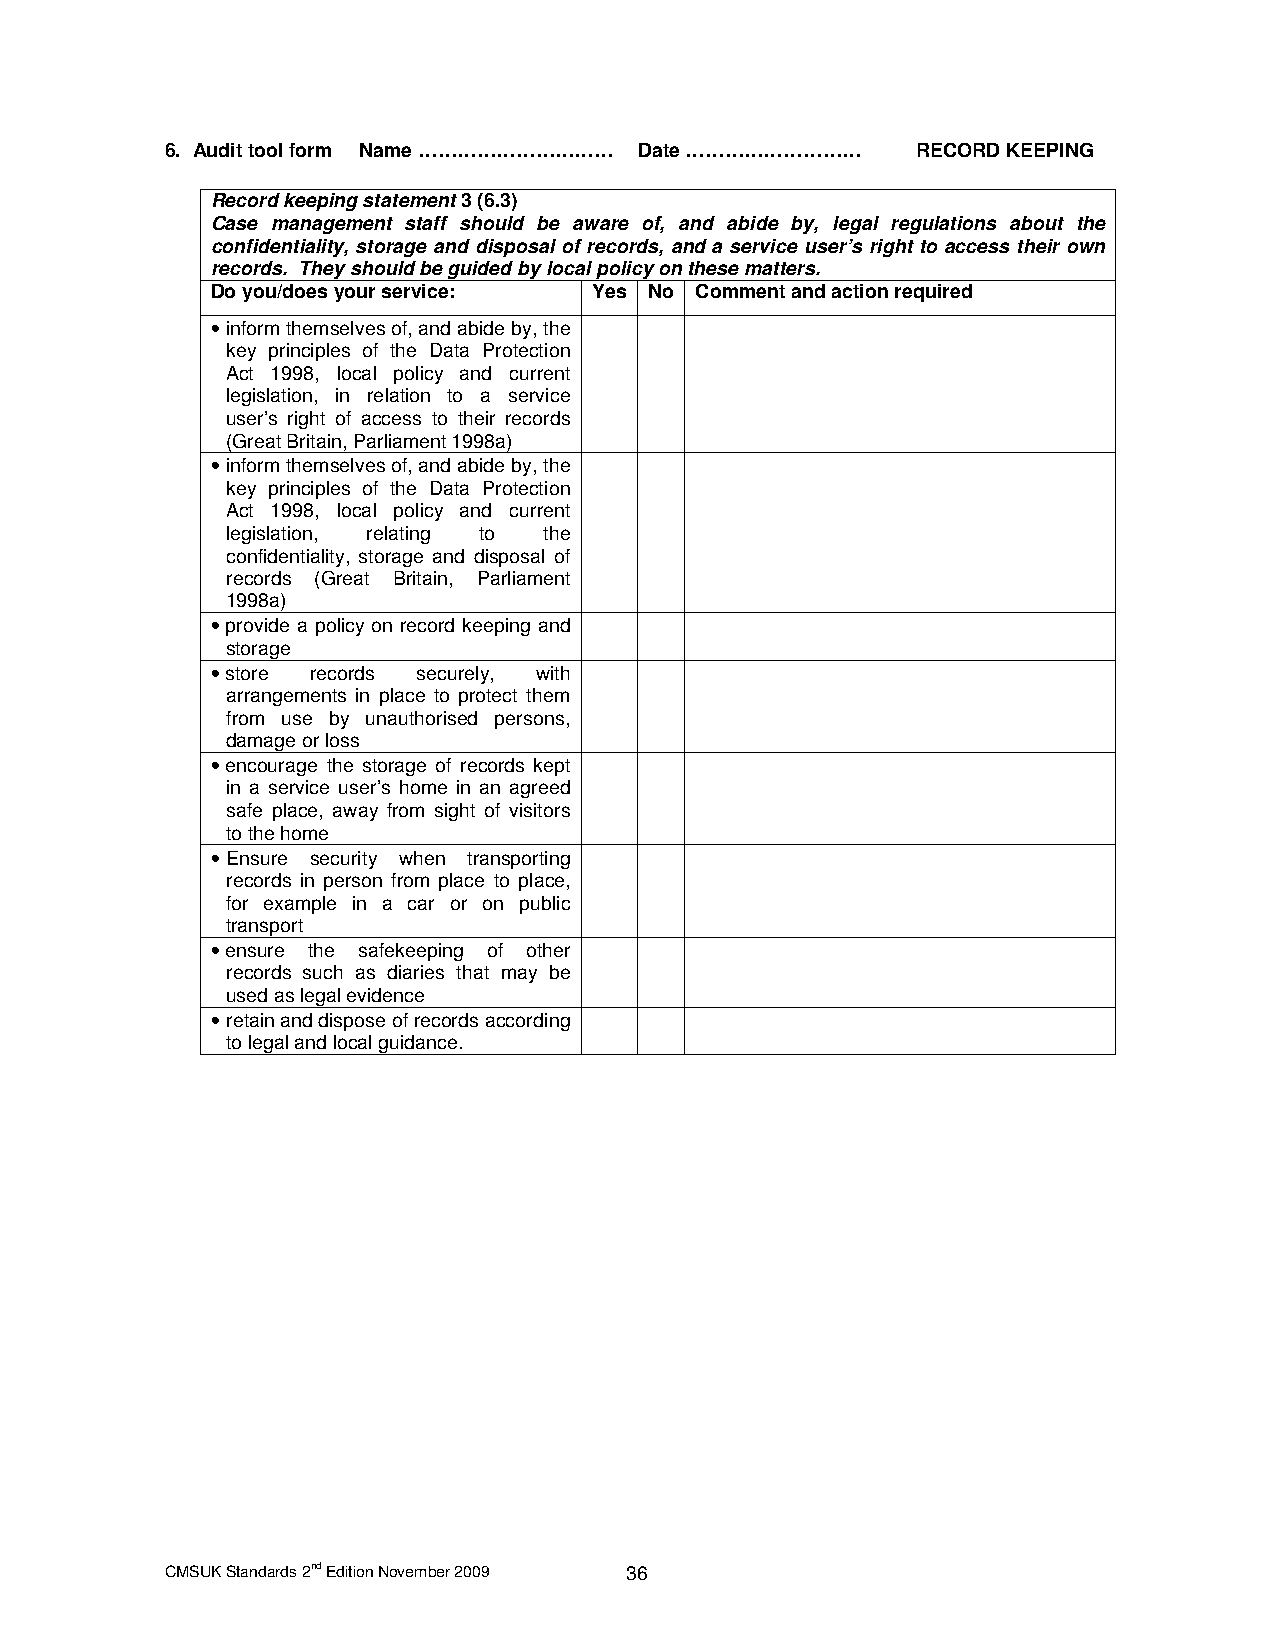
6. Audit tool form Name ………………………… Date ……………………… RECORD KEEPING
 Record keeping statement 3 (6.3)
 Case management staff should be aware of, and abide by, legal regulations about the
 confidentiality, storage and disposal of records, and a service user’s right to access their own
 records. They should be guided by local policy on these matters.
 Do you/does your service: Yes No Comment and action required
 • inform themselves of, and abide by, the
 key principles of the Data Protection
 Act 1998, local policy and current
 legislation, in relation to a service
 user’s right of access to their records
 (Great Britain, Parliament 1998a)
 • inform themselves of, and abide by, the
 key principles of the Data Protection
 Act 1998, local policy and current
 legislation, relating to the
 confidentiality, storage and disposal of
 records (Great Britain, Parliament
 1998a)
 • provide a policy on record keeping and
 storage
 • store records securely, with
 arrangements in place to protect them
 from use by unauthorised persons,
 damage or loss
 • encourage the storage of records kept
 in a service user’s home in an agreed
 safe place, away from sight of visitors
 to the home
 • Ensure security when transporting
 records in person from place to place,
 for example in a car or on public
 transport
 • ensure the safekeeping of other
 records such as diaries that may be
 used as legal evidence
 • retain and dispose of records according
 to legal and local guidance.
 CMSUK Standards 2nd Edition November 2009 36